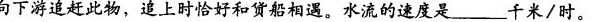
向下游追赶此物，追上时恰好和货船相遇。水流的速度是______千米/时。